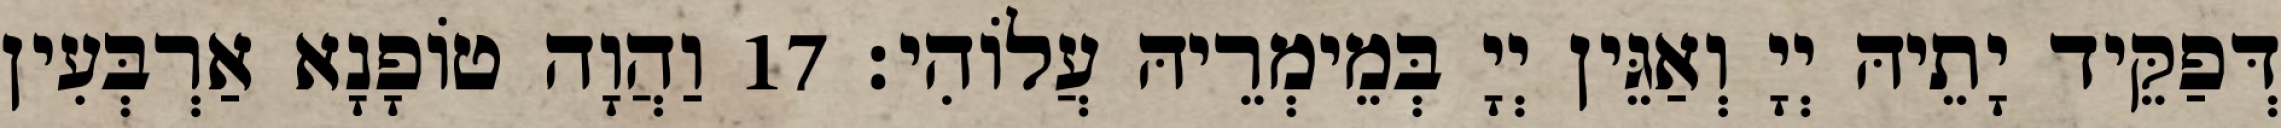
דְּפַקֵּיד יָתֵיהּ יְיָ וְאַגֵּין יְיָ בְּמֵימְרֵיהּ עֲלוֹהִי׃ 17 וַהֲוָה טוֹפָנָא אַרְבְּעִין